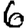
Digit: 6